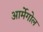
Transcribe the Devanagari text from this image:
आर्मेगोल